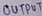
Text: OUTPUT